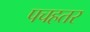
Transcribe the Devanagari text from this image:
पचहतर